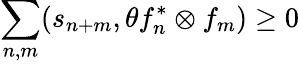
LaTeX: \sum_{n,m}(s_{n+m},\theta f_{n}^{\ast}\otimes f_{m})\geq 0